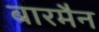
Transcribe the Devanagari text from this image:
बारमैन